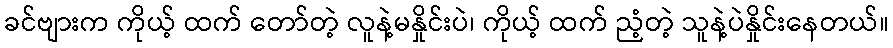
ခင်ဗျားက ကိုယ့် ထက် တော်တဲ့ လူနဲ့မနှိုင်းပဲ၊ ကိုယ့် ထက် ညံ့တဲ့ သူနဲ့ပဲနှိုင်းနေတယ်။